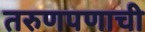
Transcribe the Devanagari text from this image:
तरुणपणाची